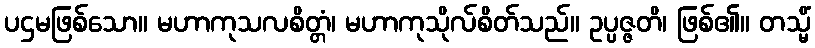
ပဌမဖြစ်သော။ မဟာကုသလစိတ္တံ၊ မဟာကုသိုလ်စိတ်သည်။ ဥပ္ပဇ္ဇတိ၊ ဖြစ်၏။ တသ္မိံ